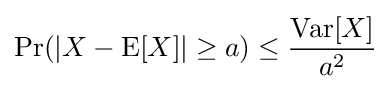
\Pr(|X-\operatorname {E} [X]|\geq a)\leq {\frac {\operatorname {Var} [X]}{a^{2}}}